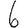
Digit: 6